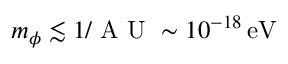
m _ { \phi } \lesssim 1 / \mathrm { ~ A ~ U ~ } \sim 1 0 ^ { - 1 8 } \, \mathrm { e V }